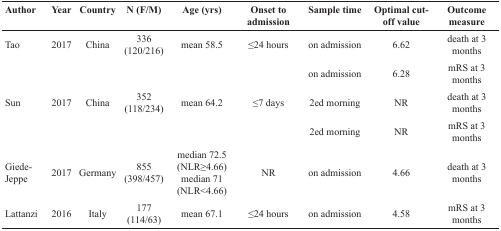
<table><thead><tr><td><b>Author</b></td><td><b>Year</b></td><td><b>Country</b></td><td><b>N (F/M)</b></td><td><b>Age (yrs)</b></td><td><b>Onset to admission</b></td><td><b>Sample time</b></td><td><b>Optimal cut-off value</b></td><td><b>Outcome measure</b></td></tr></thead><tbody><tr><td>Tao</td><td>2017</td><td>China</td><td>336 (120/216)</td><td>mean 58.5</td><td>≤24 hours</td><td>on admission</td><td>6.62</td><td>death at 3 months</td></tr><tr><td></td><td></td><td></td><td></td><td></td><td></td><td>on admission</td><td>6.28</td><td>mRS at 3 months</td></tr><tr><td>Sun</td><td>2017</td><td>China</td><td>352 (118/234)</td><td>mean 64.2</td><td>≤7 days</td><td>2ed morning</td><td>NR</td><td>death at 3 months</td></tr><tr><td></td><td></td><td></td><td></td><td></td><td></td><td>2ed morning</td><td>NR</td><td>mRS at 3 months</td></tr><tr><td>Giede-Jeppe</td><td>2017</td><td>Germany</td><td>855 (398/457)</td><td>median 72.5 (NLR≥4.66)median 71 (NLR&lt;4.66)</td><td>NR</td><td>on admission</td><td>4.66</td><td>death at 3 months</td></tr><tr><td>Lattanzi</td><td>2016</td><td>Italy</td><td>177 (114/63)</td><td>mean 67.1</td><td>≤24 hours</td><td>on admission</td><td>4.58</td><td>mRS at 3 months</td></tr></tbody></table>